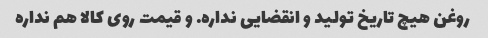
روغن هیچ تاریخ تولید و انقضایی نداره. و قیمت روی کالا هم نداره